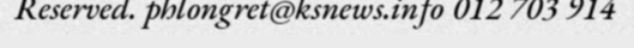
Reserved. phlongret@ksnews.info 012 703 914